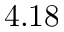
4 . 1 8